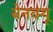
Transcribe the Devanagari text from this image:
बेनक्यू